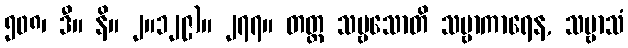
၅၀၈၊ ဒီ။ နိ။ ၂။၁၂၉)။ ၂၇၇။ တတ္ထ သဗ္ဗသောတိ သဗ္ဗာကာရေန, သဗ္ဗာသံ